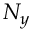
N _ { y }